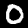
Digit: 0